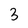
Character: 3